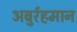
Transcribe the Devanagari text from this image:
अबुर्रहमान